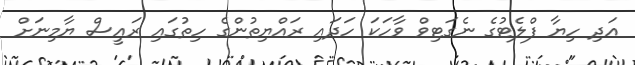
އަދި ހިޔާ ފްލެޓުގެ ނެގަޓިވް ވާހަކަ ހަދައި ރައްޔިތުންގެ ހިތުގައި ރައީސް ޔާމިނަށް